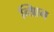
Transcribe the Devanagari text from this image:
व्श्रिाम